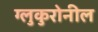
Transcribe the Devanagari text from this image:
ग्लुकुरोनील